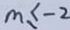
m \leq - 2